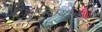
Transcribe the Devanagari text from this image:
समूदायातील